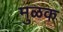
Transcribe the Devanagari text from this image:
मुळक